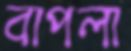
বাপলা